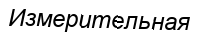
Измерительная